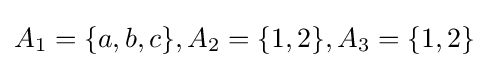
A_{1}=\{a,b,c\},A_{2}=\{1,2\},A_{3}=\{1,2\}